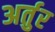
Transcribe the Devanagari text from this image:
अर्तुर